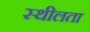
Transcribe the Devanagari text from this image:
स्थीलता